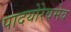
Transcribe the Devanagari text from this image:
पादयोरेवमेव